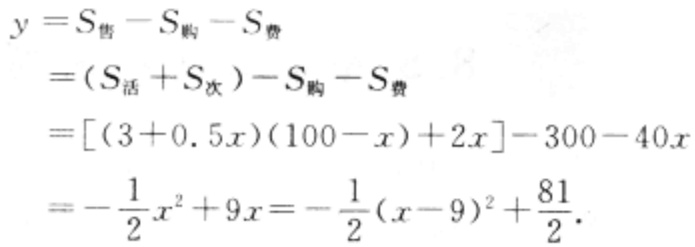
\[
\begin{align*}
y&=S_{售}-S_{购}-S_{费}\\
&=(S_{活}+S_{次})-S_{购}-S_{费}\\
&=[(3 + 0.5x)(100 - x)+2x]-300 - 40x\\
&=-\frac{1}{2}x^{2}+9x=-\frac{1}{2}(x - 9)^{2}+\frac{81}{2}.
\end{align*}
\]